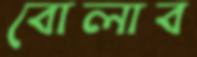
বোলাব